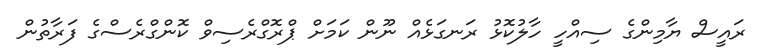
ރައީސް ޔާމިންގެ ސިއްހީ ހާލުކޮޅު ރަނގަޅެއް ނޫން ކަމަށް ޕްރޮގްރެސިވް ކޮންގްރެސްގެ ފަރާތުން